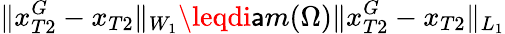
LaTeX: \| x_{T2}^{G}-x_{T2}\| _{W_{1}}\leqdi\mathsf{a}m(\Omega)\| x_{T2}^{G}-x_{T2}\| _{L_{1}}